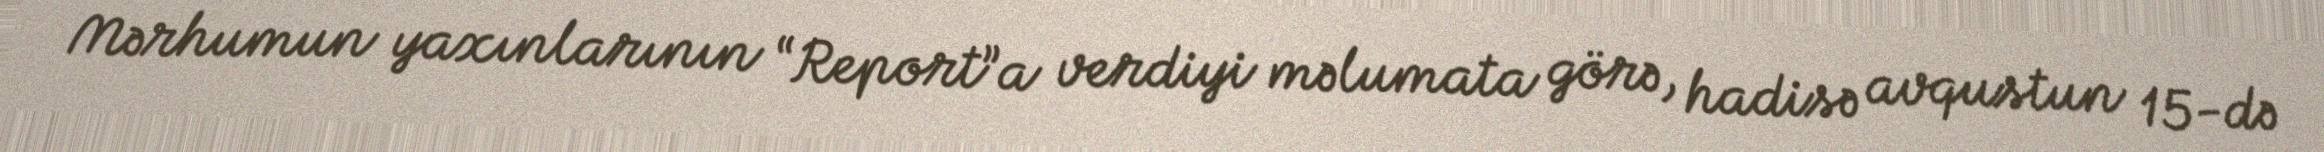
Mərhumun yaxınlarının “Report”a verdiyi məlumata görə, hadisə avqustun 15-də